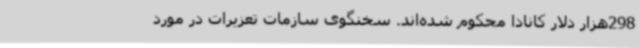
298هزار دلار کانادا محکوم شده‌اند. سخنگوی سازمات تعزیرات در مورد